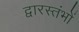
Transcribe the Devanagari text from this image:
द्वारस्तंभों